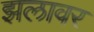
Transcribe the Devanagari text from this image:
झलावर